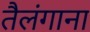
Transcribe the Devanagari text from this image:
तैलंगाना